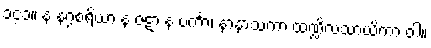
၁၄၁။ န နဂ္ဂစရိယာ န ဇဋာ န ပင်္ကာ၊ နာနာသကာ ထဏ္ဍိလသာယိကာ ဝါ။